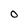
Character: O